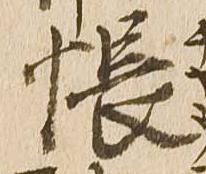
帳